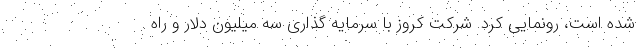
شده است، رونمایی کرد. شرکت کروز با سرمایه گذاری سه میلیون دلار و راه